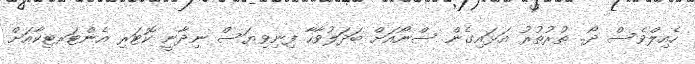
ހެއިލްވެސް ދޯ.. ތުރުތުރު އަޅައިގެން ސްނޯއަށް ބަދަލުވާހާ ފިނިވިޔަސް ނިދާނީ ކޮޓަރި އެންޓަރޓިކާއަށް